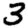
Digit: 3